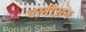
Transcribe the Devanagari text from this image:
एलीज़न